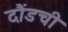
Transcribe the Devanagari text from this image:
दौंडची